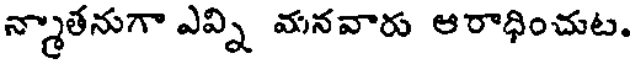
న్మాతనుగా ఎవ్ని మనవారు ఆరాధించుట.